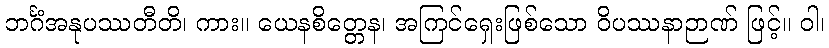
ဘင်္ဂံအနုပဿတီတိ၊ ကား။ ယေနစိတ္တေန၊ အကြင်ရှေးဖြစ်သော ဝိပဿနာဉာဏ် ဖြင့်။ ဝါ၊